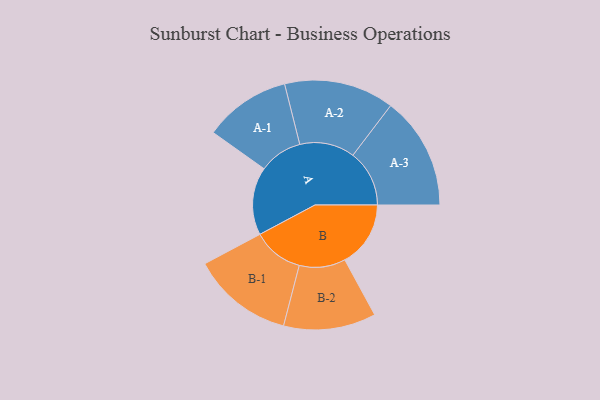
{"axis": {"x": "Segment", "y": "Value"}, "legend": ["", "A", "B"], "data": [{"x": "A", "y": 284, "type": ""}, {"x": "B", "y": 275, "type": ""}, {"x": "A-1", "y": 181, "type": "A"}, {"x": "A-2", "y": 230, "type": "A"}, {"x": "A-3", "y": 236, "type": "A"}, {"x": "B-1", "y": 212, "type": "B"}, {"x": "B-2", "y": 193, "type": "B"}]}